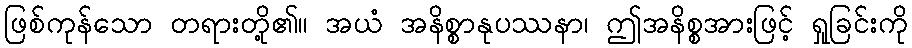
ဖြစ်ကုန်သော တရားတို့၏။ အယံ အနိစ္စာနုပဿနာ၊ ဤအနိစ္စအားဖြင့် ရှုခြင်းကို